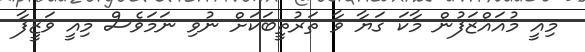
މިއީ މުއައްޒަފުން މާކަ ގަޔާ ވާ ތަރުތީބަކަށް ނުވި ނަމަވެސް މިއީ ވަޒީފާ